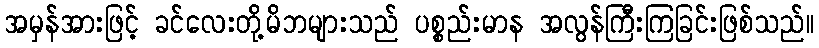
အမှန်အားဖြင့် ခင်လေးတို့မိဘများသည် ပစ္စည်းမာန အလွန်ကြီးကြခြင်းဖြစ်သည်။